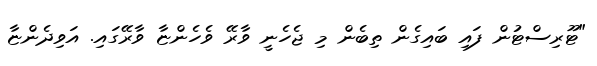
"ޓޫރިސްޓުން ފައި ބައިގެން ތިބެން މި ޖެހެނީ ވާރޭ ވެހެންޏާ ވާރޭގައި. އަވިދެންޏާ